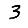
Digit: 3